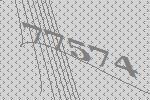
77574